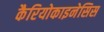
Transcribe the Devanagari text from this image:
कैरियोकाइनेसिस